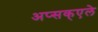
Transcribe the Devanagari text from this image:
अप्सक्एले